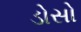
ડોસો